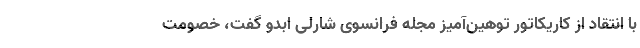
با انتقاد از کاریکاتور توهین‌آمیز مجله فرانسوی شارلی ابدو گفت، خصومت